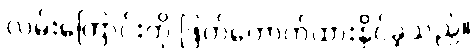
လမ်းကြောင်းကို ဖြတ်တောက်ထားနိုင်ခဲ့သည်။